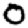
Digit: 0